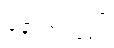
နောက်လှည့်